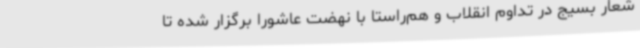
شعار بسیج در تداوم انقلاب و هم‌راستا با نهضت عاشورا برگزار شده تا